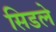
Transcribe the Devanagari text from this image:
सिडले